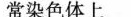
常染色体上